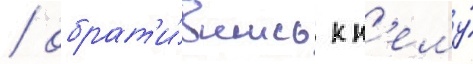
/ обрат'и́вшись к н'ему́